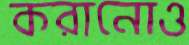
করানোও